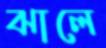
ঝালে